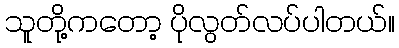
သူတို့ကတော့ ပိုလွတ်လပ်ပါတယ်။